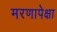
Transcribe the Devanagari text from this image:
मरणापेक्षा